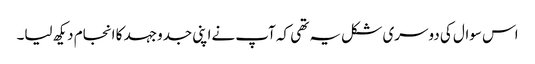
اس سوال کی دوسری شکل یہ تھی کہ آپ نےاپنی جدوجہد کا انجام دیکھ لیا۔